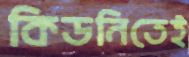
কিডনিতেই